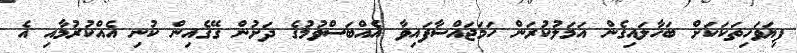
ފިޔަވަހިތަކަކަށް ބަހާލައިގެން އަމަލުކުރަން ހަމަޖައްސާފައިވާ އެއްބަސްވުމުގެ ދަށުން ގޭގެއިން ކުނި އެއްކުރުމާއި އެ